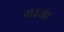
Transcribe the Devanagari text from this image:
गरजा